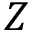
Z